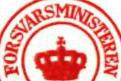
FORSVARSMINISTEREN